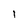
Character: l